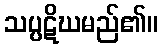
သပ္ပဋိဃမည်၏။